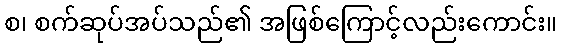
စ၊ စက်ဆုပ်အပ်သည်၏ အဖြစ်ကြောင့်လည်းကောင်း။